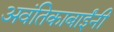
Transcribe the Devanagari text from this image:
अवंतिकाबाईंनी